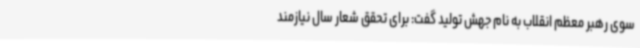
سوی رهبر معظم انقلاب به نام جهش تولید گفت: برای تحقق شعار سال نیازمند